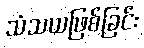
သံသယဖြစ်ခြင်း